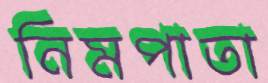
নিমপাতা